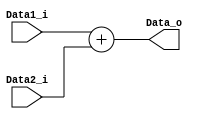
module Adder(
    Data1_i,
    Data2_i,
    Data_o
);

input [31:0] Data1_i;
input [31:0] Data2_i;
output [31:0] Data_o;

assign Data_o = Data1_i + Data2_i;

endmodule